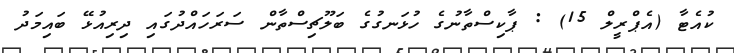
ކުއެޓާ (އެޕްރީލް 15) : ޕާކިސްތާނުގެ ހުޅަނގުގެ ބަލޫޗިސްތާން ސަރަހައްދުގައި ދިރިއުޅޭ ބައިމަދު